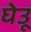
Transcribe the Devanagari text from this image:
घेउू